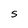
Character: S